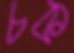
চক